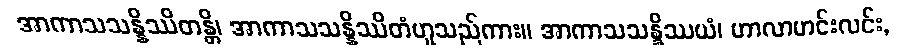
အာကာသသန္နိဿိတန္တိ၊ အာကာသသန္နိဿိတံဟူသည်ကား။ အာကာသသန္နိဿယံ၊ ဟာလာဟင်းလင်း,